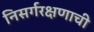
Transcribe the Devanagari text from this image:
निसर्गरक्षणाची